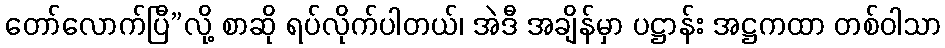
တော်လောက်ပြီ”လို့ စာဆို ရပ်လိုက်ပါတယ်၊ အဲဒီ အချိန်မှာ ပဋ္ဌာန်း အဋ္ဌကထာ တစ်ဝါသာ